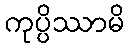
ကုပ္ပိဿာမိ